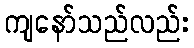
ကျနော်သည်လည်း